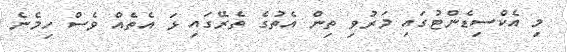
މި އެކްސިޑެންޓުގައި މަރުވި ތިން އެތުގެ ތެރޭގައި ޅަ އެތެއް ވެސް ހިމެނެ